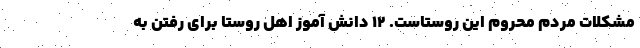
مشکلات مردم محروم این روستاست. 12 دانش آموز اهل روستا برای رفتن به